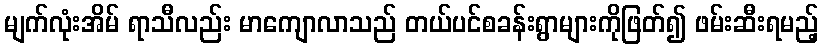
မျက်လုံးအိမ် ရာသီလည်း မာကျောလာသည် တယ်ပင်စခန်းရွာများကိုဖြတ်၍ ဖမ်းဆီးရမည့်